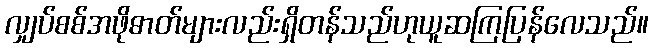
လျှပ်စစ်အဖိုဓာတ်များလည်းရှိတန်သည်ဟုယူဆကြပြန်လေသည်။